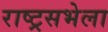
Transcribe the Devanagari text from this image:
राष्ट्रसभेला